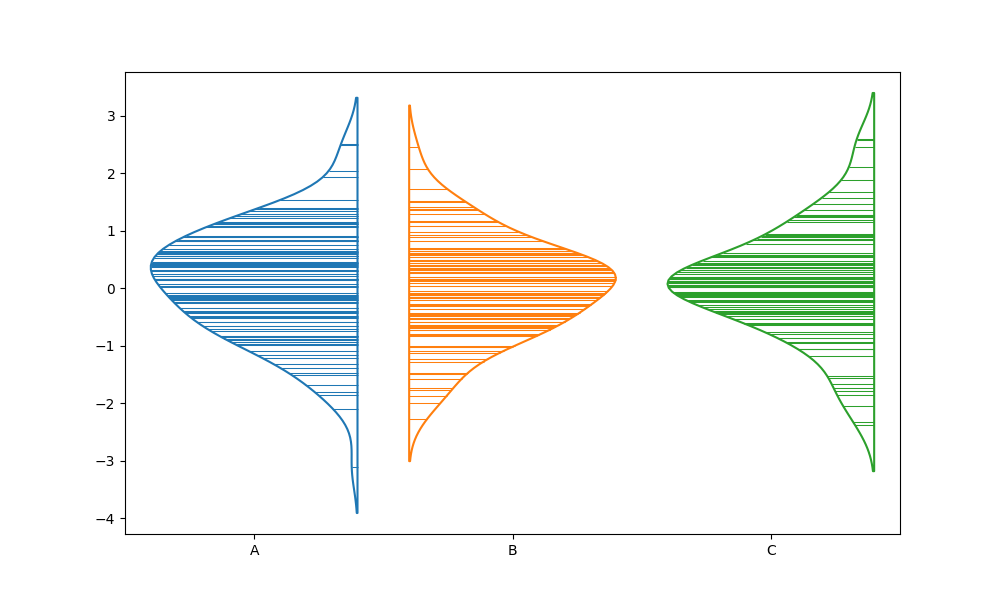
python, seaborn, violinplot, scale='count', split='True', inner='stick', fill='False'